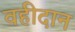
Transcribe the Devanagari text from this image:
वहीदान